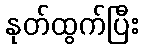
နုတ်ထွက်ပြီး